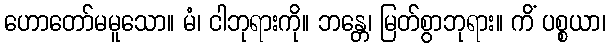
ဟောတော်မမူသော။ မံ၊ ငါဘုရားကို။ ဘန္တေ၊ မြတ်စွာဘုရား။ ကိံ ပစ္စယာ၊